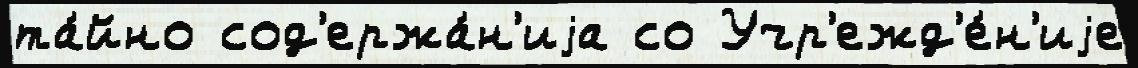
та́йно сод'ержа́н'иjа со Учр'ежд'е́н'иjе